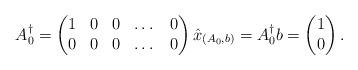
LaTeX: \begin{align*} A^\dagger_0 = \begin{pmatrix} 1 & 0 & 0 & \dots & 0 \\ 0 & 0 & 0 & \dots & 0 \end{pmatrix} \hat{x}_{(A_0,b)} = A^\dagger_0 b = \begin{pmatrix} 1 \\ 0 \end{pmatrix}. \end{align*}